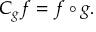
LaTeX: C _ { g } f = f \circ g .